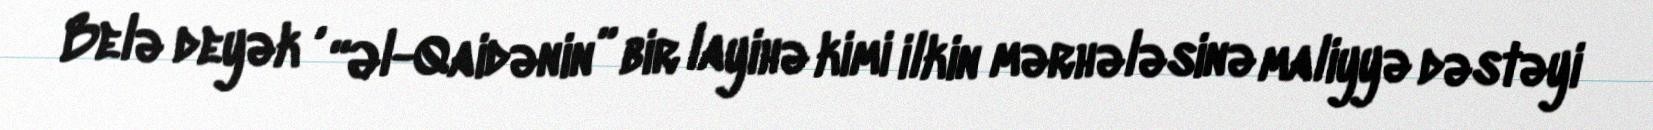
Belə deyək , “Əl-Qaidənin” bir layihə kimi ilkin mərhələsinə maliyyə dəstəyi